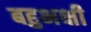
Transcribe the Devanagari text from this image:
बहुभक्षी